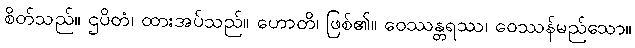
စိတ်သည်။ ဌပိတံ၊ ထားအပ်သည်။ ဟောတိ၊ ဖြစ်၏။ ဝေဿန္တရဿ၊ ဝေဿန်မည်သော။